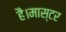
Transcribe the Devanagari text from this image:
है।मास्‍टर